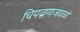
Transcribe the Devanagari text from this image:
चिपळूणजवळ